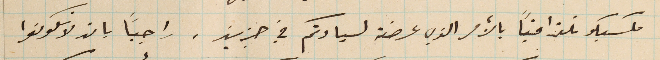
مكسيكو تلغرافياً بالأمر الذي عرضته لسيادتكم في جزين. راجيًا بان لا تكونوا